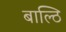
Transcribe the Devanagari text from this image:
बाल्ठि